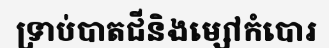
ទ្រាប់បាតជីនិងម្សៅកំបោរ